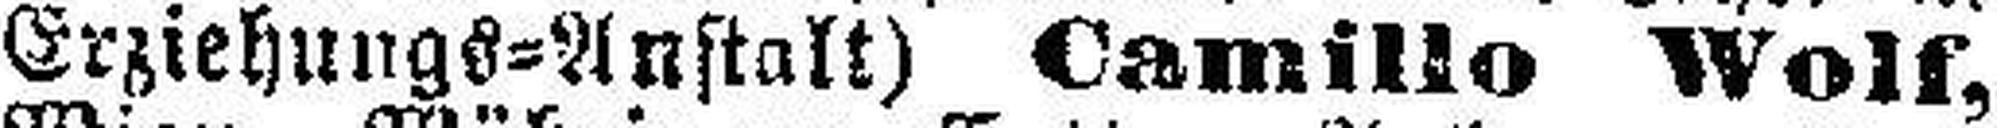
Erziehungs=Anstalt) Camillo Wolf,